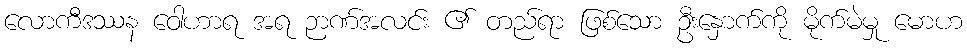
လောကီဒဿန ဝေါဟာရ အရ ဉာဏ်အလင်း ၏ တည်ရာ ဖြစ်သော ဦးနှောက်ကို မိုက်မဲမှု မောဟ